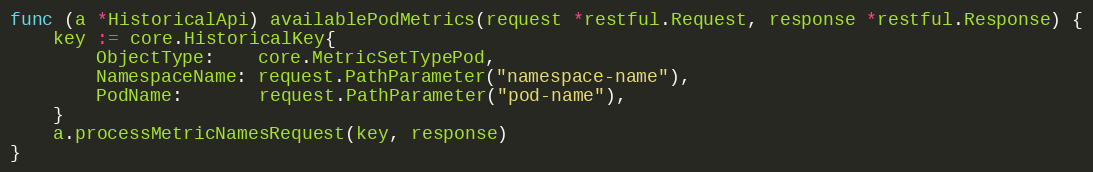
Language: Go
func (a *HistoricalApi) availablePodMetrics(request *restful.Request, response *restful.Response) {
	key := core.HistoricalKey{
		ObjectType:    core.MetricSetTypePod,
		NamespaceName: request.PathParameter("namespace-name"),
		PodName:       request.PathParameter("pod-name"),
	}
	a.processMetricNamesRequest(key, response)
}